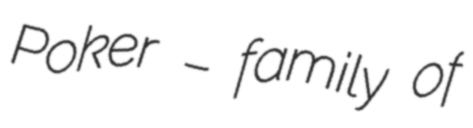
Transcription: Poker – family of